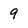
Character: 9